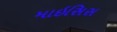
માઇસિસ